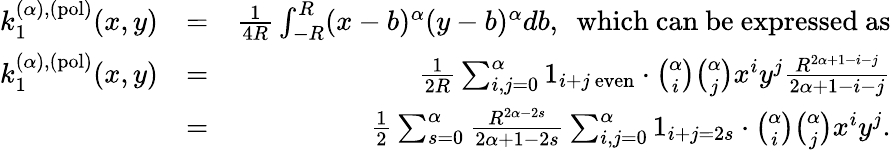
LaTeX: \begin{array}{rlr}{k_{1}^{(\alpha),(\mathrm{pol})}(x,y)}&{=}&{\frac{1}{4R}\int_{-R}^{R}(x-b)^{\alpha}(y-b)^{\alpha}db,\ \mathrm{~which~can~be~expressed~as}}\\ {k_{1}^{(\alpha),(\mathrm{pol})}(x,y)}&{=}&{\frac{1}{2R}\sum_{i,j=0}^{\alpha}1_{i+j\ \mathrm{even}}\cdot{\binom{\alpha}{i}}{\binom{\alpha}{j}}{x^{i}y^{j}}\frac{R^{2\alpha+1-i-j}}{2\alpha+1-i-j}}\\ &{=}&{\frac{1}{2}\sum_{s=0}^{\alpha}\frac{R^{2\alpha-2s}}{2\alpha+1-2s}\sum_{i,j=0}^{\alpha}1_{i+j=2s}\cdot{\binom{\alpha}{i}}{\binom{\alpha}{j}}{x^{i}y^{j}}.}\end{array}